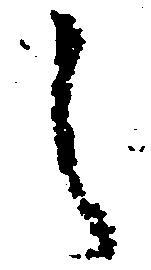
し